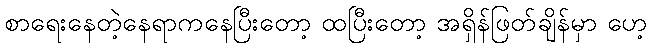
စာရေးနေတဲ့နေရာကနေပြီးတော့ ထပြီးတော့ အရှိန်ဖြတ်ချိန်မှာ ဟေ့